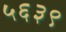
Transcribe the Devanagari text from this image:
५६३९